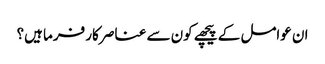
ان عوامل کے پیچھے کون سے عناصر کار فرما ہیں؟